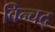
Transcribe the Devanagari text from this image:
विन्चद्